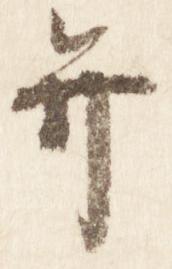
弁